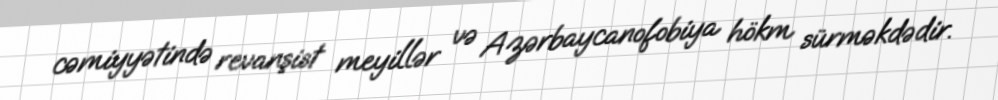
cəmiyyətində revanşist meyillər və Azərbaycanofobiya hökm sürməkdədir.